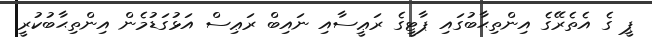
ޕީ ގެ އެތެރޭގެ އިންތިޙާބުގައި ޕާޓީގެ ރަޢީސާއި ނައިބް ރަޢިސް އަޅުގަޑުމެން އިންތިޙާބުކުރީ